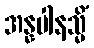
အန္နပါနသ္မိံ